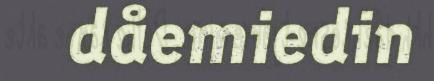
dåemiedin